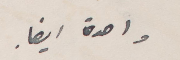
واحدة أيضًا.